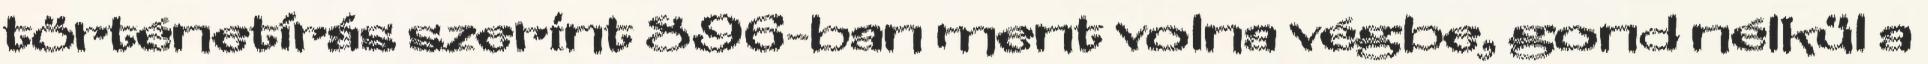
történetírás szerint 896-ban ment volna végbe, gond nélkül a